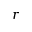
r